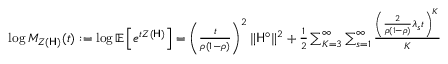
\begin{array} { r } { \log M _ { Z ( \mathsf { H } ) } ( t ) : = \log \mathbb { E } \left[ e ^ { t Z ( \mathsf { H } ) } \right] = \left( \frac { t } { \rho ( 1 - \rho ) } \right) ^ { 2 } \| \mathsf { H } ^ { \circ } \| ^ { 2 } + \frac { 1 } { 2 } \sum _ { K = 3 } ^ { \infty } \sum _ { s = 1 } ^ { \infty } \frac { \left( \frac { 2 } { \rho ( 1 - \rho ) } \lambda _ { s } t \right) ^ { K } } { K } } \end{array}